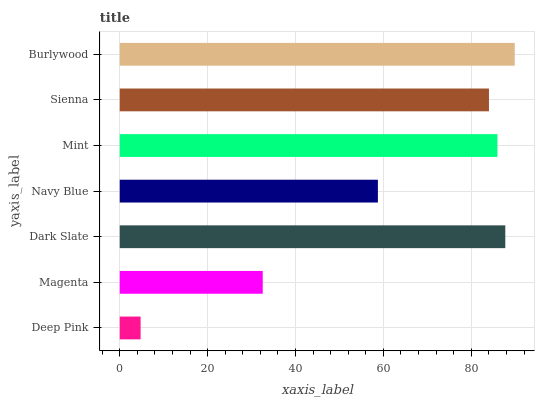
| yaxis_label | bars |
 | --- | --- |
 | Deep Pink | 4.75 |
 | Magenta | 32.5 |
 | Dark Slate | 87.7 |
 | Navy Blue | 58.7 |
 | Mint | 86 |
 | Sienna | 84 |
 | Burlywood | 89.9 |